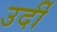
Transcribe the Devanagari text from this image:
उर्दी